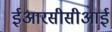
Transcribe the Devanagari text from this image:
ईआरसीसीआई